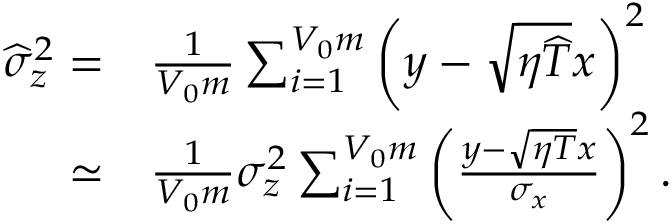
\begin{array} { r l } { \widehat { \sigma } _ { z } ^ { 2 } = } & { \frac { 1 } { V _ { 0 } m } \sum _ { i = 1 } ^ { V _ { 0 } m } \left( y - \sqrt { \eta \widehat { T } } x \right) ^ { 2 } } \\ { \simeq } & { \frac { 1 } { V _ { 0 } m } \sigma _ { z } ^ { 2 } \sum _ { i = 1 } ^ { V _ { 0 } m } \left( \frac { y - \sqrt { \eta T } x } { \sigma _ { x } } \right) ^ { 2 } . } \end{array}